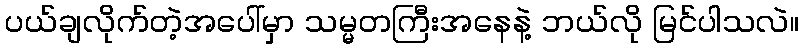
ပယ်ချလိုက်တဲ့အပေါ်မှာ သမ္မတကြီးအနေနဲ့ ဘယ်လို မြင်ပါသလဲ။